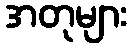
အတုများ